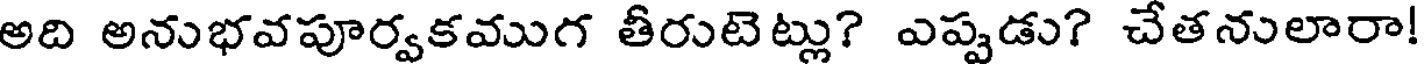
అది అనుభవపూర్వకముగ తీరుటెట్లు? ఎప్పడు? చేతనులారా!